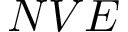
N V E